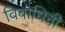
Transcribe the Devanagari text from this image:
विबोधिनी